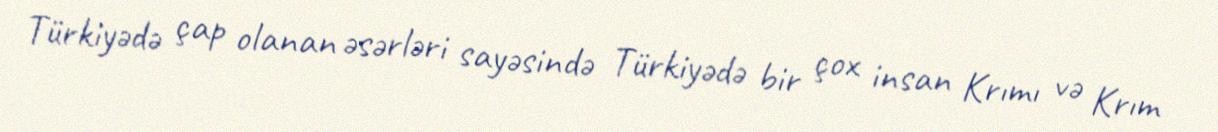
Türkiyədə çap olanan əsərləri sayəsində Türkiyədə bir çox insan Krımı və Krım